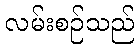
လမ်းစဉ်သည်